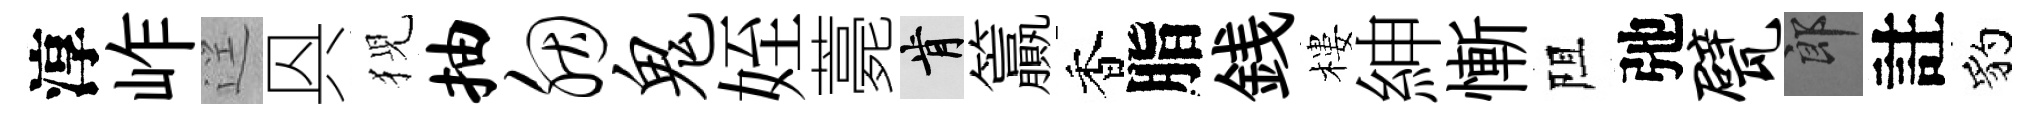
淳岞逕㒷猊抽胭鬼姪薧肯籯香脂銭樓紳慚阻弛甓郎註豹